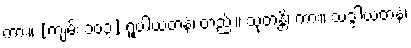
ကား။ [ကျမ်း ၁၀၃] ရူပါယတနံ၊ တည်း။ သုတန္တိ၊ ကား။ သဒ္ဒါယတနံ၊